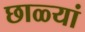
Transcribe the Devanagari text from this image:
छाळ्यां